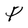
Character: P